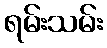
ရမ်းသမ်း